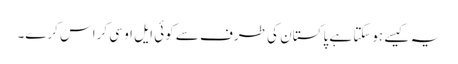
یہ کیسے ہوسکتا ہے پاکستان کی طرف سے کوئی ایل او سی کراس کرے۔